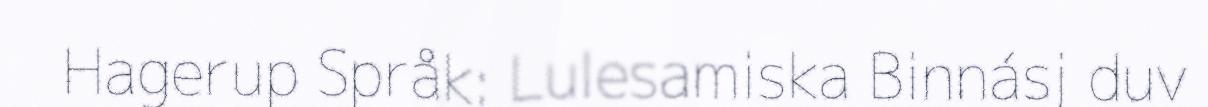
Hagerup Språk: Lulesamiska Binnásj duv